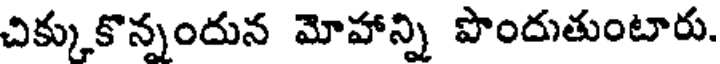
చిక్కుకొన్నందున మోహాన్ని పొందుతుంటారు.